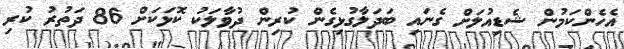
އެހެންކަމުން ޝެޑިއުލަށް ގެނައި ބަދަލާގުޅިގެން ކުރިން ދުވާލަކު ކޮޅަކަށް 86 ދަތުރު ކުރި